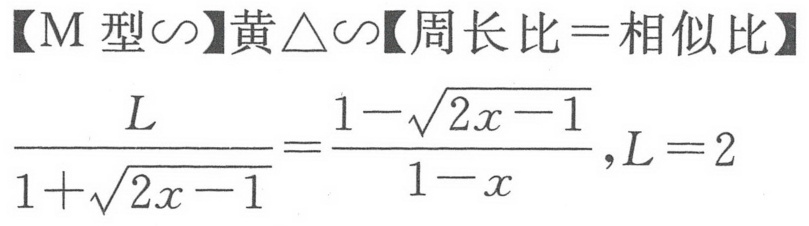
【M型\(\sim\)】黄\(\triangle\sim\)【周长比\(=\)相似比】
\(\frac{L}{1 + \sqrt{2x - 1}}=\frac{1-\sqrt{2x - 1}}{1 - x},L = 2\)